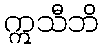
ဣသီဘိ